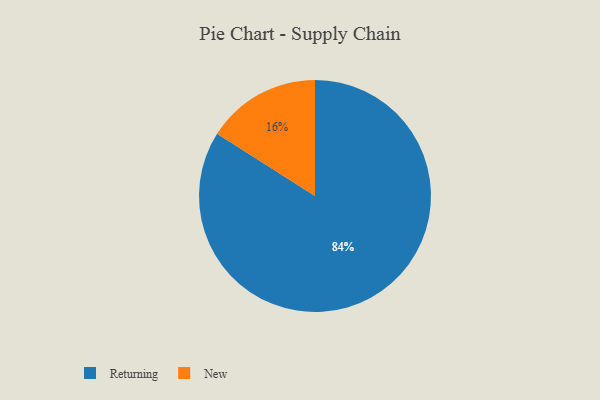
{"axis": {"x": "Category", "y": "Percentage"}, "legend": ["New", "Returning"], "data": [{"x": "New", "y": 16, "type": "New"}, {"x": "Returning", "y": 84, "type": "Returning"}]}